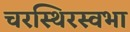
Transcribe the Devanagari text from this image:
चरस्थिरस्वभा